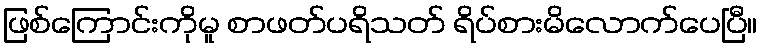
ဖြစ်ကြောင်းကိုမူ စာဖတ်ပရိသတ် ရိပ်စားမိလောက်ပေပြီ။